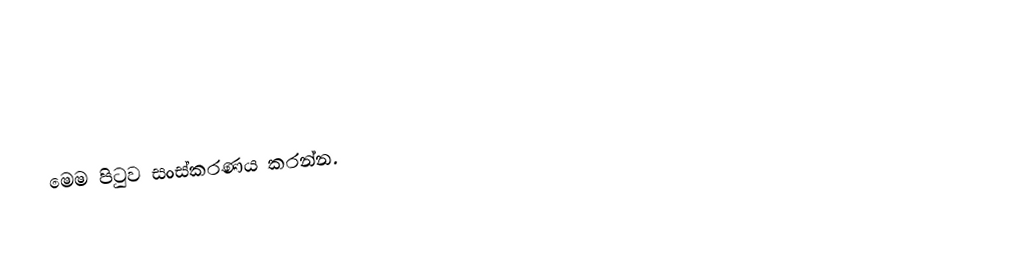
මෙම පිටුව සංස්කරණය කරන්න.